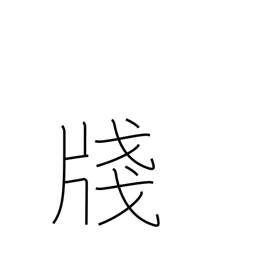
Meaning: composition